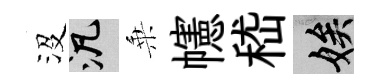
沒泛乗幰嵇娭